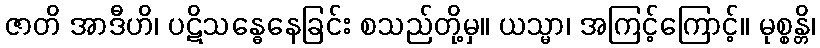
ဇာတိ အာဒီဟိ၊ ပဋိသန္ဓေနေခြင်း စသည်တို့မှ။ ယသ္မာ၊ အကြင့်ကြောင့်။ မုစ္စန္တိ၊